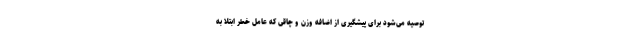
توصیه می‌شود برای پیشگیری از اضافه وزن و چاقی که عامل خطر ابتلا به